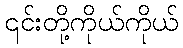
၎င်းတို့ကိုယ်ကိုယ်